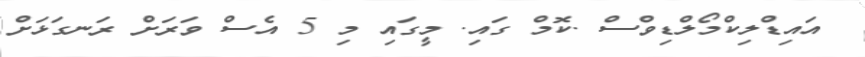
އައިޑްލިކްމޯލްޑިވްސް .ކޮމް ގައި. މީގައި މި 5 އެސް ވަރަށް ރަނގަޅަށް